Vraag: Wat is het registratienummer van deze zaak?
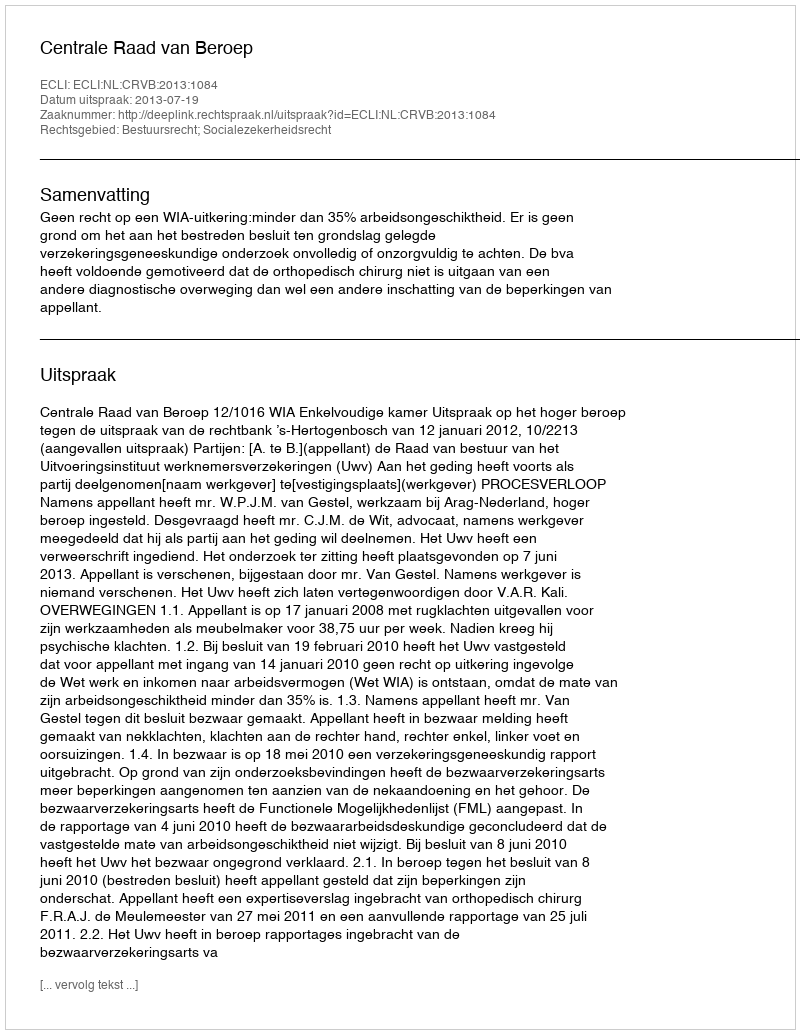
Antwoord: http://deeplink.rechtspraak.nl/uitspraak?id=ECLI:NL:CRVB:2013:1084